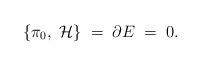
\begin{align*}\{ {\cal \pi}_0,\; {\cal H} \} \;=\; {\partial} E \;=\;0 .\end{align*}